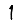
Digit: 1